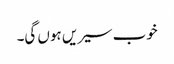
خوب سیریں ہوں گی۔